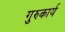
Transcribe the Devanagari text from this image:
गुरुकार्य